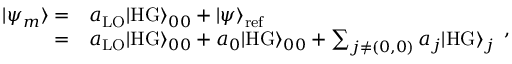
\begin{array} { r l } { | \psi _ { m } \rangle = } & { { } a _ { \mathrm { L O } } | \mathrm { H G } \rangle _ { 0 0 } + | \psi \rangle _ { \mathrm { r e f } } } \\ { = } & { { } a _ { \mathrm { L O } } | \mathrm { H G } \rangle _ { 0 0 } + a _ { 0 } | \mathrm { H G } \rangle _ { 0 0 } + \sum _ { j \neq ( 0 , 0 ) } a _ { j } | \mathrm { H G } \rangle _ { j } } \end{array} ,